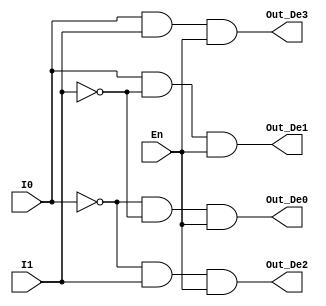
module Decoder2to4(Out_De0, Out_De1, Out_De2, Out_De3, I0, I1, En); // I1 MSB, I0 LSB
	input I0, I1, En;
	output Out_De0, Out_De1, Out_De2, Out_De3;
	
	and(Out_De0, ~I0, ~I1, En),
		(Out_De1, I0, ~I1, En),
		(Out_De2, ~I0, I1, En),
		(Out_De3, I0, I1, En);
endmodule